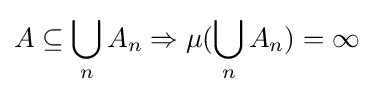
A\subseteq \bigcup _{n}A_{n}\Rightarrow \mu (\bigcup _{n}A_{n})=\infty